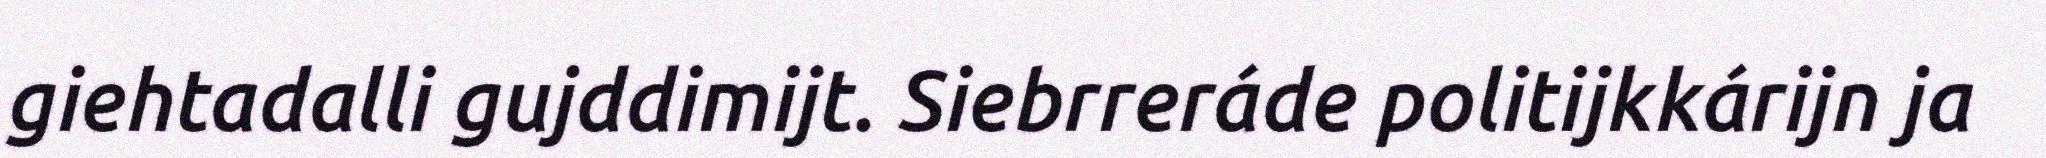
giehtadalli gujddimijt. Siebrreráde politijkkárijn ja